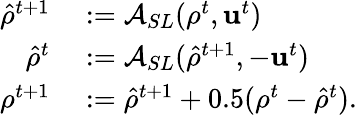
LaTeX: \begin{array}{rl}{\hat{\rho}^{t+1}}&{{}:=\mathcal{A}_{SL}(\rho^{t},\mathrm{\mathbf{u}}^{t})}\\ {\hat{\rho}^{t}}&{{}:=\mathcal{A}_{SL}(\hat{\rho}^{t+1},-\mathrm{\mathbf{u}}^{t})}\\ {\rho^{t+1}}&{{}:=\hat{\rho}^{t+1}+0.5(\rho^{t}-\hat{\rho}^{t}).}\end{array}